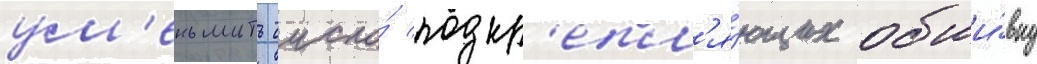
ум'еньшить число́ подкр'епл'я́ющих обши́вку